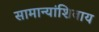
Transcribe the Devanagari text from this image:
सामान्यांशिवाय